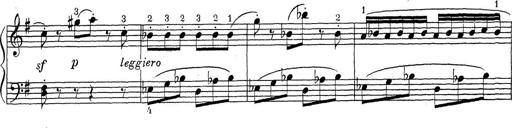
Title: ÄŒeskÃ© Sonatiny
Composer: Various